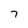
Character: 7